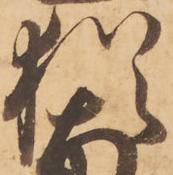
猶